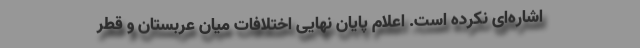
اشاره‌ای نکرده است. اعلام پایان نهایی اختلافات میان عربستان و قطر